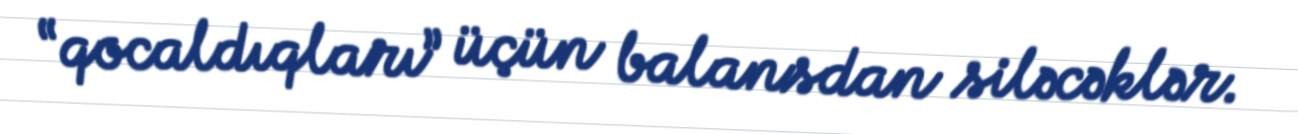
“qocaldıqları” üçün balansdan siləcəklər.